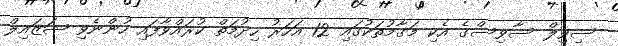
ސިވިލް ސާވިސްގެ އެކި މަގާމުތަކުގައި 12 އަހަރު ހިދުމަތް ކުރައްވާފައި ހުންނެވި ޝަޒައިލް